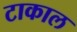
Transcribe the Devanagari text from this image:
टाकाल